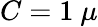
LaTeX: C=1~\mu